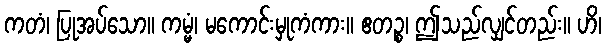
ကတံ၊ ပြုအပ်သော။ ကမ္မံ၊ မကောင်းမှုကံကား။ ဧတဉ္စ၊ ဤသည်လျှင်တည်း။ ဟိ၊